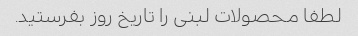
لطفا محصولات لبنی را تاریخ روز بفرستید.